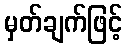
မှတ်ချက်ဖြင့်